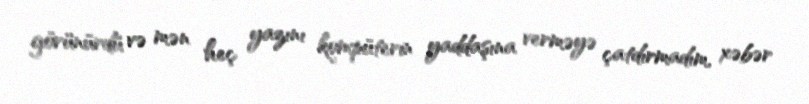
görünürdü və mən heç yazını kompüterin yaddaşına verməyə çatdırmadım, xəbər